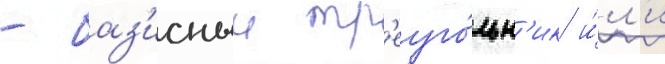
- баз'исныи тр'еуго́льн'ик и́л'и